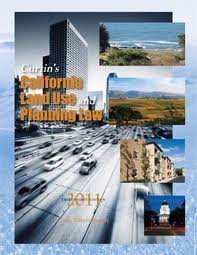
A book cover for Curtin's California Land Use and Planning Law, 25th Edition; Daniel J., Jr. Curtin; Law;